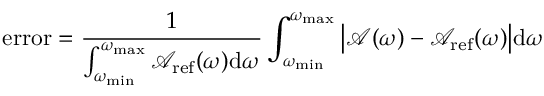
\mathrm { e r r o r } = \frac { 1 } { \int _ { \omega _ { \mathrm { m i n } } } ^ { \omega _ { \mathrm { m a x } } } \mathcal { A } _ { \mathrm { r e f } } ( \omega ) \mathrm { d } \omega } \int _ { \omega _ { \mathrm { m i n } } } ^ { \omega _ { \mathrm { m a x } } } \big | \mathcal { A } ( \omega ) - \mathcal { A } _ { \mathrm { r e f } } ( \omega ) \big | \mathrm { d } \omega